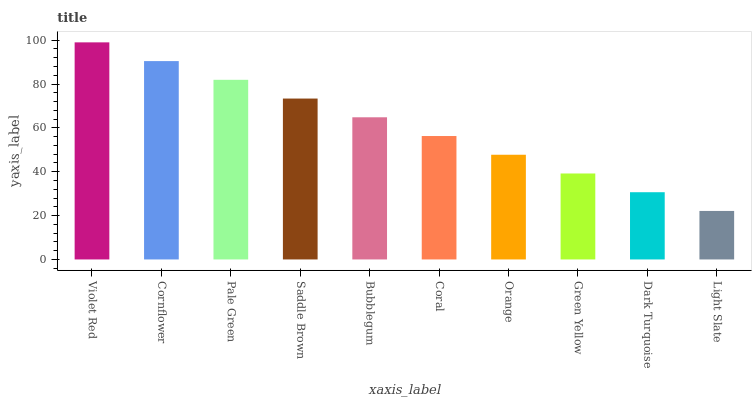
| xaxis_label | bars |
 | --- | --- |
 | Violet Red | 99 |
 | Cornflower | 90.5 |
 | Pale Green | 81.9 |
 | Saddle Brown | 73.4 |
 | Bubblegum | 64.8 |
 | Coral | 56.3 |
 | Orange | 47.7 |
 | Green Yellow | 39.2 |
 | Dark Turquoise | 30.7 |
 | Light Slate | 22.1 |